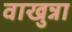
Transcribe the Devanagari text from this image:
वाखुन्ना